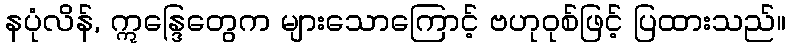
နပုံလိန်, ဣန္ဒြေတွေက များသောကြောင့် ဗဟုဝုစ်ဖြင့် ပြထားသည်။